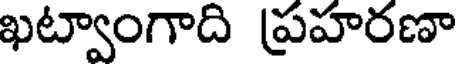
ఖట్వాంగాది ప్రహరణా